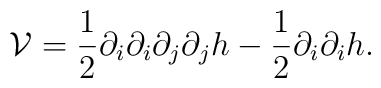
\mathcal{V}=\frac{1}{2}\partial_{i}\partial_{i}\partial_{j}\partial_{j}h-\frac{1}{2}\partial_{i}\partial_{i}h.